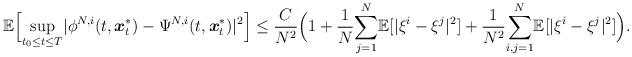
LaTeX: \begin{align*}\mathbb{E}\Big[\underset{t_0\leq t\leq T}{\sup}|\phi^{N,i}(t,\boldsymbol{x}_t^*)-\Psi^{N,i}(t,\boldsymbol{x}_t^*)|^2\Big]\leq\frac{C}{N^2}\Big(1+\frac{1}{N}\underset{j=1}{\overset{N}\sum}\mathbb{E}[|\xi^i-\xi^j|^2]+\frac{1}{N^2}\underset{i,j=1}{\overset{N}{\sum}}\mathbb{E}[|\xi^{i}-\xi^{j}|^2]\Big).\end{align*}